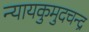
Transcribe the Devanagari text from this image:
न्यायकुमुदचन्द्र